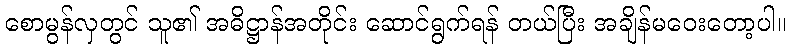
စောမွန်လှတွင် သူ၏ အဓိဋ္ဌာန်အတိုင်း ဆောင်ရွက်ရန် တယ်ပြီး အချိန်မဝေးတော့ပါ။